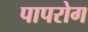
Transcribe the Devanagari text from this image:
पापरोग